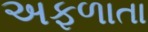
અફળાતા